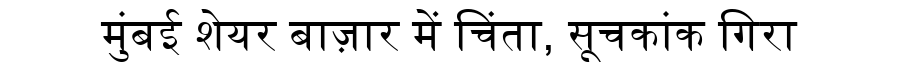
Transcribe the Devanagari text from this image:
मुंबई शेयर बाज़ार में चिंता, सूचकांक गिरा